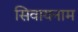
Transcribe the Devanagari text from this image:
सिवायनाम